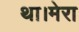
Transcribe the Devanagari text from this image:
था।मेरा